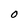
Character: O